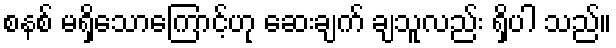
စနစ် မရှိသောကြောင့်ဟု ဆေးချက် ချသူလည်း ရှိပါ သည်။